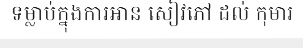
ទម្លាប់ក្នុងការអាន សៀវភៅ ដល់ កុមារ